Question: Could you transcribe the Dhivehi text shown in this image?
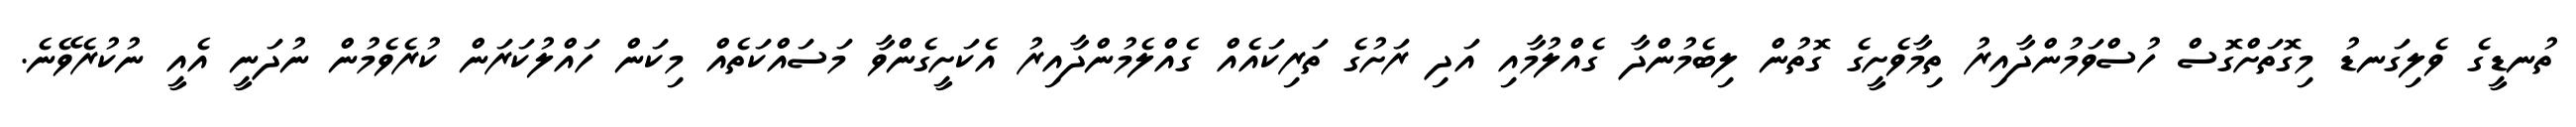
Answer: ތުނޑީގެ ވެލިގަނޑު މިގޮތަށްގޮސް ހުސްވަމުންދާއިރު ތިމާވެށީގެ ގޮތުން ލިބެމުންދާ ގެއްލުމާއި އަދި ރަށުގެ ތަރިކައެއް ގެއްލެމުންދާއިރު އެކަށީގެންވާ މަސައްކަތެއް މިކަން ހައްލުކަރަން ކުރެވެމުން ނުދަނީ އެއީ ނުކުރެވޭނެ.